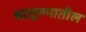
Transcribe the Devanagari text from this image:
धातूरूपातील